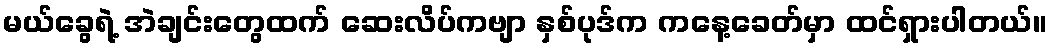
မယ်ခွေရဲ့ အဲချင်းတွေထက် ဆေးလိပ်ကဗျာ နှစ်ပုဒ်က ကနေ့ခေတ်မှာ ထင်ရှားပါတယ်။